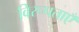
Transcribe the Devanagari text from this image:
विरूपताएँ